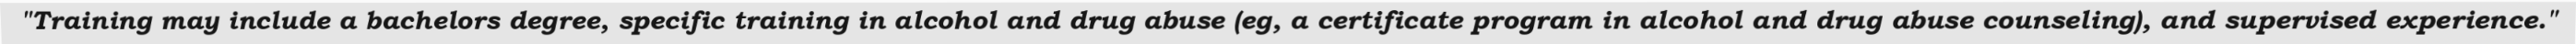
"Training may include a bachelors degree, specific training in alcohol and drug abuse (eg, a certificate program in alcohol and drug abuse counseling), and supervised experience."